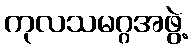
ကုလသမဂ္ဂအဖွဲ့